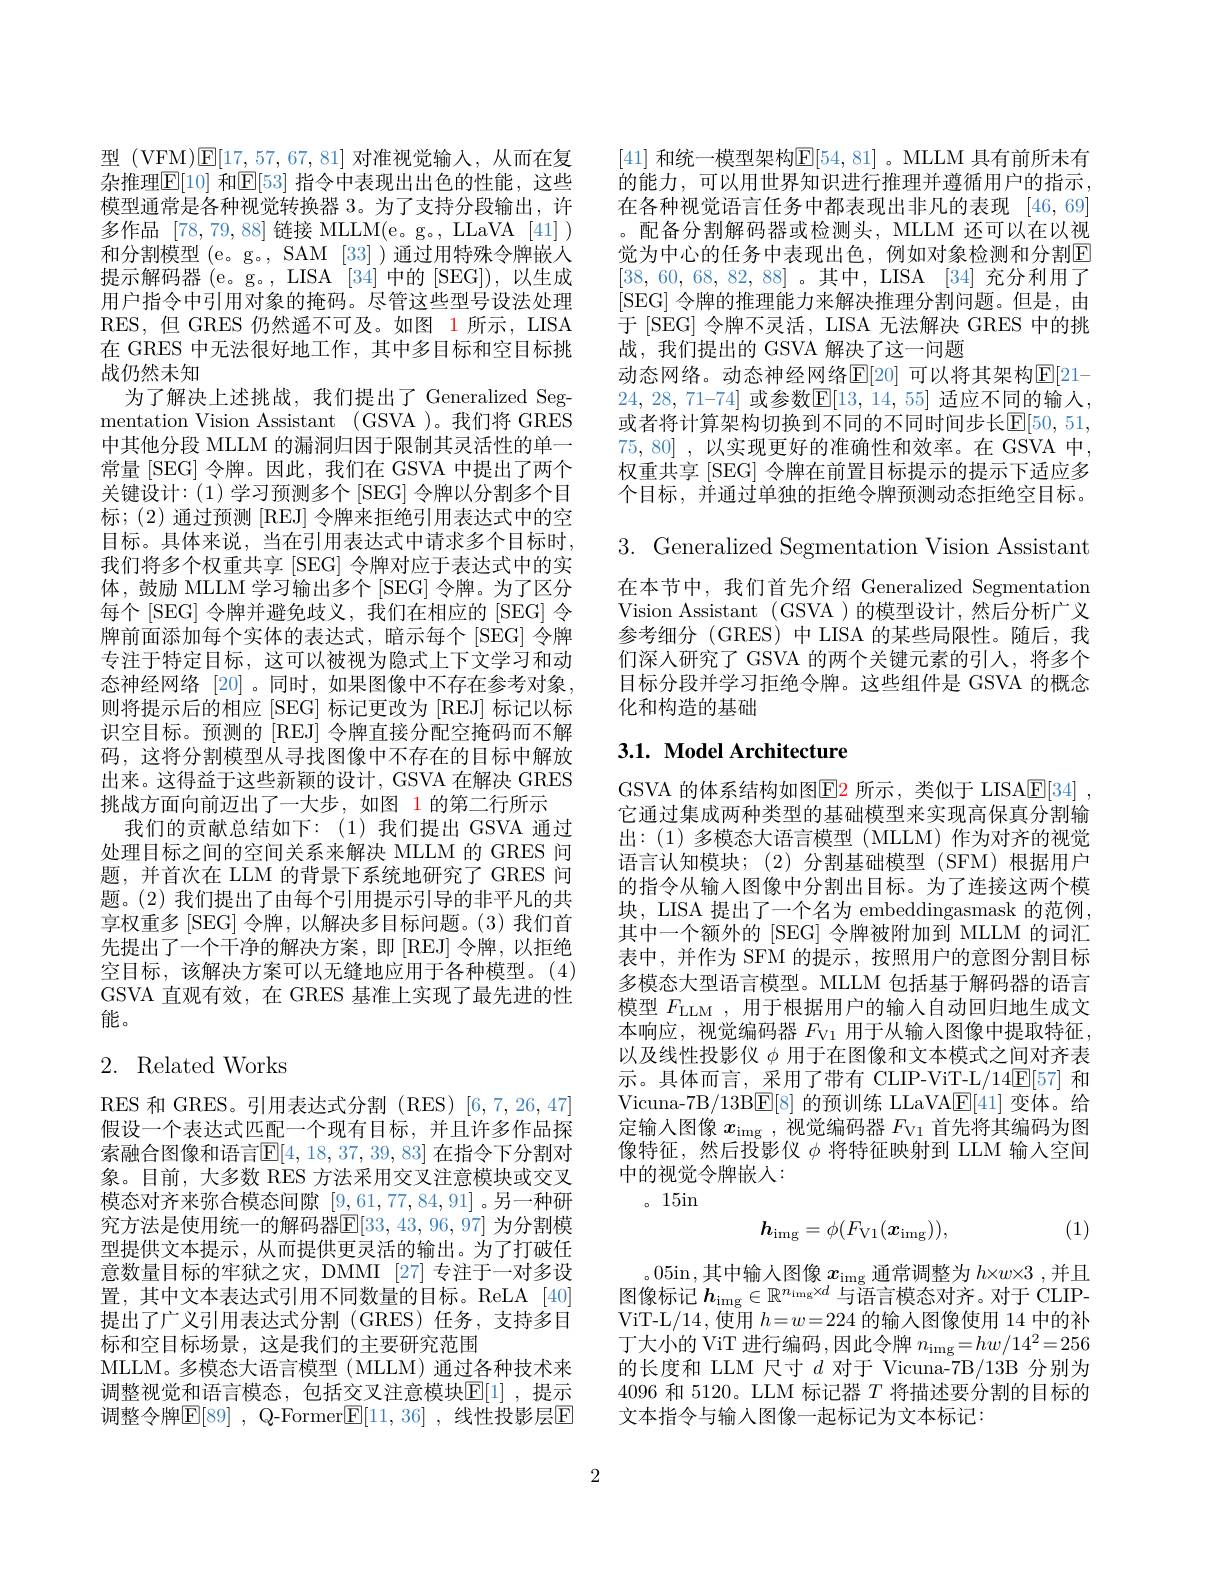
型 (VFM)$\mathsf{E}[17,57,67,81]$对准视觉输入，从而在复杂推理$\boxed{\mathbb{F}}[10]$ 和$\boxed{\mathbb{E}}[53]$ 指令中表现出出色的性能，这些模型通常是各种视觉转换器 3。为了支持分段输出，许多作品[78,79,88]链接 MLLM(e。g。, LLaVA [41] ) 和分割模型 (e。g。, SAM [33] )通过用特殊令牌嵌入提示解码器(e。g。, LISA [34]中的[SEG]),以生成用户指令中引用对象的掩码。尽管这些型号设法处理RES,但 GRES 仍然遥不可及。如图 1所示，LISA 在 GRES 中无法很好地工作，其中多目标和空目标挑战仍然未知
为了解决上述挑战，我们提出了 Generalized Segmentation Vision Assistant (GSVA )。我们将 GRES 中其他分段 MLLM 的漏洞归因于限制其灵活性的单一常量[SEG]令牌。因此，我们在 GSVA 中提出了两个关键设计：(1) 学习预测多个[SEG] 令牌以分割多个目标；(2)通过预测[REJ]令牌来拒绝引用表达式中的空目标。具体来说，当在引用表达式中请求多个目标时， 我们将多个权重共享 [SEG] 令牌对应于表达式中的实体，鼓励 MLLM 学习输出多个[SEG] 令牌。为了区分每个[SEG] 令牌并避免歧义，我们在相应的[SEG] 令牌前面添加每个实体的表达式，暗示每个[SEG]令牌专注于特定目标，这可以被视为隐式上下文学习和动态神经网络 [20]。同时，如果图像中不存在参考对象， 则将提示后的相应[SEG] 标记更改为[REJ] 标记以标识空目标。预测的[REJ] 令牌直接分配空掩码而不解码，这将分割模型从寻找图像中不存在的目标中解放出来。这得益于这些新颖的设计，GSVA 在解决 GRES 挑战方面向前迈出了一大步，如图 1的第二行所示
我们的贡献总结如下：(1)我们提出 GSVA 通过处理目标之间的空间关系来解决 MLLM 的 GRES 问题，并首次在 LLM 的背景下系统地研究了 GRES 问题。(2) 我们提出了由每个引用提示引导的非平凡的共享权重多 [SEG] 令牌，以解决多目标问题。(3)我们首先提出了一个干净的解决方案，即 [REJ] 令牌，以拒绝空目标，该解决方案可以无缝地应用于各种模型。(4) GSVA 直观有效，在 GRES 基准上实现了最先进的性能。

# 2. Related Works

RES 和 GRES。引用表达式分割 (RES)[6,7,26,47] 假设一个表达式匹配一个现有目标，并且许多作品探索融合图像和语言$\mathbb{E}[4,18,37,39,83]$ 在指令下分割对象。目前，大多数 RES 方法采用交叉注意模块或交叉模态对齐来弥合模态间隙[9,61,77,84,91]。另一种研究方法是使用统一的解码器$\mathbb{E}[33,43,96,97]$ 为分割模型提供文本提示，从而提供更灵活的输出。为了打破任意数量目标的牢狱之灾，DMMI [27]专注于一对多设置，其中文本表达式引用不同数量的目标。ReLA[40] 提出了广义引用表达式分割(GRES)任务，支持多目标和空目标场景，这是我们的主要研究范围
MLLM。多模态大语言模型(MLLM) 通过各种技术来调整视觉和语言模态，包括交叉注意模块$\mathbb{E}[1]$ ,提示调整令牌$\mathbb{E} [ 89]$ , Q-Former$\mathbb{E} [ 11, 36]$ ,线性投影层$\mathbb{E}$

[41] 和统一模型架构$\mathbb{E}[54,81]$ 。MLLM 具有前所未有的能力，可以用世界知识进行推理并遵循用户的指示， 在各种视觉语言任务中都表现出非凡的表现 [46,69] 。配备分割解码器或检测头，MLLM 还可以在以视觉为中心的任务中表现出色，例如对象检测和分割E [38,60,68,82,88]。其中，LISA[34]充分利用了[SEG] 令牌的推理能力来解决推理分割问题。但是，由于[SEG] 令牌不灵活，LISA 无法解决 GRES 中的挑战，我们提出的 GSVA 解决了这一问题
动态网络。动态神经网络$\mathbb{E}[20]$ 可以将其架构$\mathbb{E}[21-$ 24, 28, 71-74] 或参数$\mathbb{E} [ 13$, 14, 55] 适应不同的输入， 或者将计算架构切换到不同的不同时间步长$\mathbb{E}[50,51$, 75,80] ,以实现更好的准确性和效率。在 GSVA 中， 权重共享 [SEG] 令牌在前置目标提示的提示下适应多个目标，并通过单独的拒绝令牌预测动态拒绝空目标。3. Generalized Segmentation Vision Assistant 在本节中，我们首先介绍 Generalized Segmentation Vision Assistant (GSVA )的模型设计，然后分析广义参考细分(GRES)中LISA 的某些局限性。随后，我们深人研究了 GSVA 的两个关键元素的引入，将多个目标分段并学习拒绝令牌。这些组件是 GSVA 的概念化和构造的基础

# 3.1. Model Architecture

GSVA 的体系结构如图$\color{red}{\mathrm{E2~所示~,类似于~LISA}}\underline{\mathrm{E[34]~,}}$ 它通过集成两种类型的基础模型来实现高保真分割输出：(1)多模态大语言模型(MLLM)作为对齐的视觉语言认知模块；(2)分割基础模型(SFM)根据用户的指令从输入图像中分割出目标。为了连接这两个模块，LISA 提出了一个名为 embeddingasmask 的范例， 其中一个额外的 [SEG] 令牌被附加到 MLLM 的词汇表中，并作为 SFM 的提示，按照用户的意图分割目标多模态大型语言模型。MLLM 包括基于解码器的语言模型$F_\mathrm{LLM}$ ,用于根据用户的输入自动回归地生成文本响应，视觉编码器$F_\mathrm{V1}$用于从输入图像中提取特征， 以及线性投影仪$\phi$用于在图像和文本模式之间对齐表示。具体而言，采用了带有 CLIP-ViT-L/14$\mathbb{E}[57]$和Vicuna-7B/13B$\boxed{\mathrm{E}}[8]$的预训练 LLaVA$\boxed{\mathrm{F}}[41]$变体。给定输入图像$x_\mathrm{img}$ ,视觉编码器$F_\mathrm{V1}$首先将其编码为图像特征，然后投影仪$\phi$将特征映射到 LLM 输人空间中的视觉令牌嵌人：
。15in
$$h_{\mathrm{img}}=\phi(F_{\mathrm{V}1}(\boldsymbol{x}_{\mathrm{img}})),$$
(1)

。05in,其中输人图像$x_\mathrm{img}$通常调整为$h\times w\times3$,并且图像标记$h_\mathrm{img}\in\mathbb{R}^{n_\mathrm{img}\times d}$与语言模态对齐。对于 CLIPViT-L/14,使用$h=w=224$的输入图像使用 14 中的补丁大小的 ViT 进行编码 ,因此令牌 $n_\mathrm{img}=hw/14^2=256$ 的长度和 LLM 尺寸$d$对于 Vicuna-7B/13B 分别为4096 和 5120。LLM 标记器$T$将描述要分割的目标的文本指令与输入图像一起标记为文本标记：

2